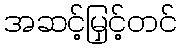
အဆင့်မြှင့်တင်